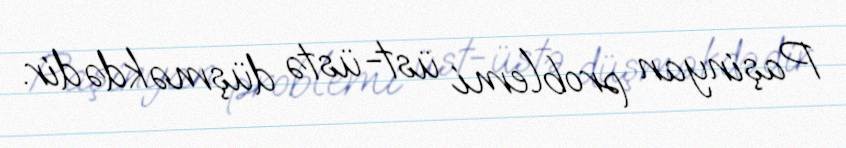
Paşinyan problemi üst-üstə düşməkdədir.